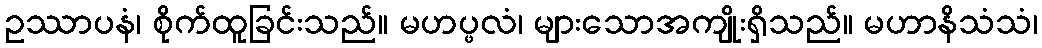
ဥဿာပနံ၊ စိုက်ထူခြင်းသည်။ မဟပ္ဖလံ၊ များသောအကျိုးရှိသည်။ မဟာနိသံသံ၊